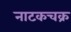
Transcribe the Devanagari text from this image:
नाटकचक्र